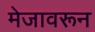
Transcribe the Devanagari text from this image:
मेजावरून